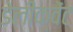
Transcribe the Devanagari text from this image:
डेलीक्वेंट